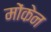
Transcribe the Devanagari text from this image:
मोंकेन